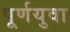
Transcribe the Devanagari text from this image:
पूर्णयुवा